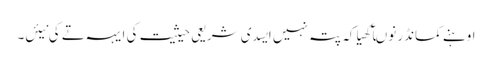
اوہنے کمانڈر نوںآکھیا کہ پتہ نہیں ایسدی شریعی حیثیت کی ایہہ تے کی نیئں۔